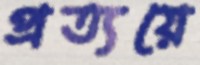
প্রত্যয়ে